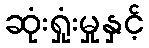
ဆုံးရှုံးမှုနှင့်